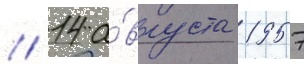
// 14 а́вгуста 1957